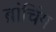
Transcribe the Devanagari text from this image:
ब्रांचिंग